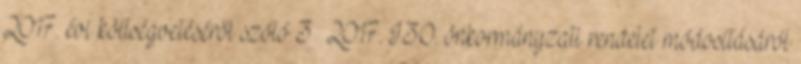
2017. évi költségvetéséről szóló 3 2017. I.30. önkormányzati rendelet módosításáról